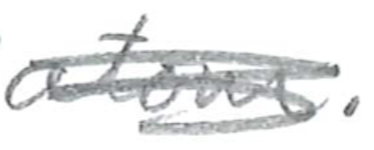
Text: atom.
Cross-out: scratch
Writing tool: pencil